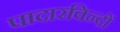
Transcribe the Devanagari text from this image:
पादारविन्दों